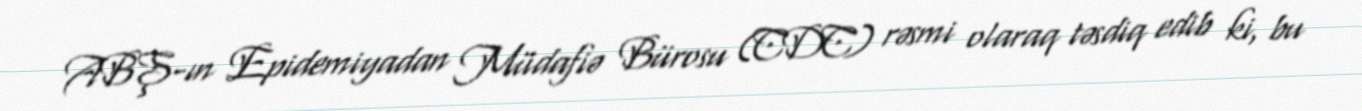
ABŞ-ın Epidemiyadan Müdafiə Bürosu (CDC) rəsmi olaraq təsdiq edib ki, bu